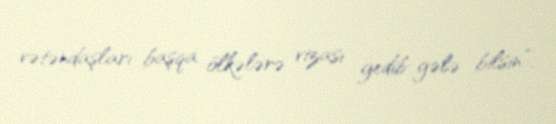
vətəndaşları başqa ölkələrə vizası gedib-gələ bilsin”.